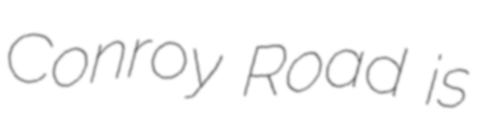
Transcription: Conroy Road is